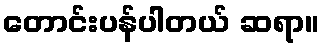
တောင်းပန်ပါတယ် ဆရာ။